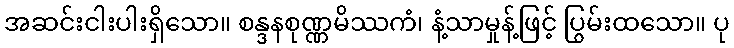
အဆင်းငါးပါးရှိသော။ စန္ဒနစုဏ္ဏမိဿကံ၊ နံ့သာမှုန့်ဖြင့် ပြွမ်းထသော။ ပု